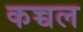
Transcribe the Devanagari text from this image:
कच्चल